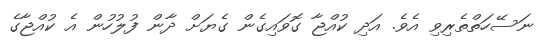
ނަސޭހަތްތެރިވި އެވެ. އަދި ކުއްޖާ ގޮވައިގެން ގެޔަށް ދާން ފުލުހުން އެ ކުއްޖާގެ